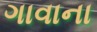
ગાવાના